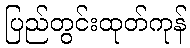
ပြည်တွင်းထုတ်ကုန်